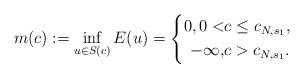
\begin{align*}m(c):=\inf_{u \in S(c)} E(u)=\left\{\begin{aligned}0, 0<&c\leq c_{N, s_1},\\-\infty, & c>c_{N, s_1}.\end{aligned}\right.\end{align*}